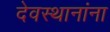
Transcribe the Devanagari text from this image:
देवस्थानांना